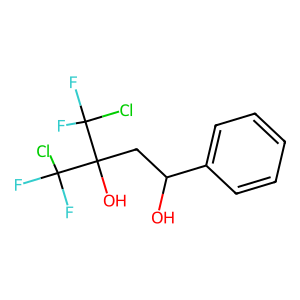
SMILES: OC(CC(O)(C(F)(F)Cl)C(F)(F)Cl)c1ccccc1
Inhibits HIV replication: No